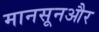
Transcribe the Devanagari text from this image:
मानसूनऔर